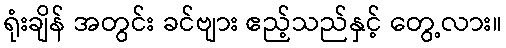
ရုံးချိန် အတွင်း ခင်ဗျား ဧည့်သည်နှင့် တွေ့လား။